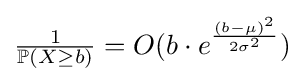
{\textstyle {\frac {1}{\mathbb {P} (X\geq b)}}=O(b\cdot e^{\frac {(b-\mu )^{2}}{2\sigma ^{2}}})}